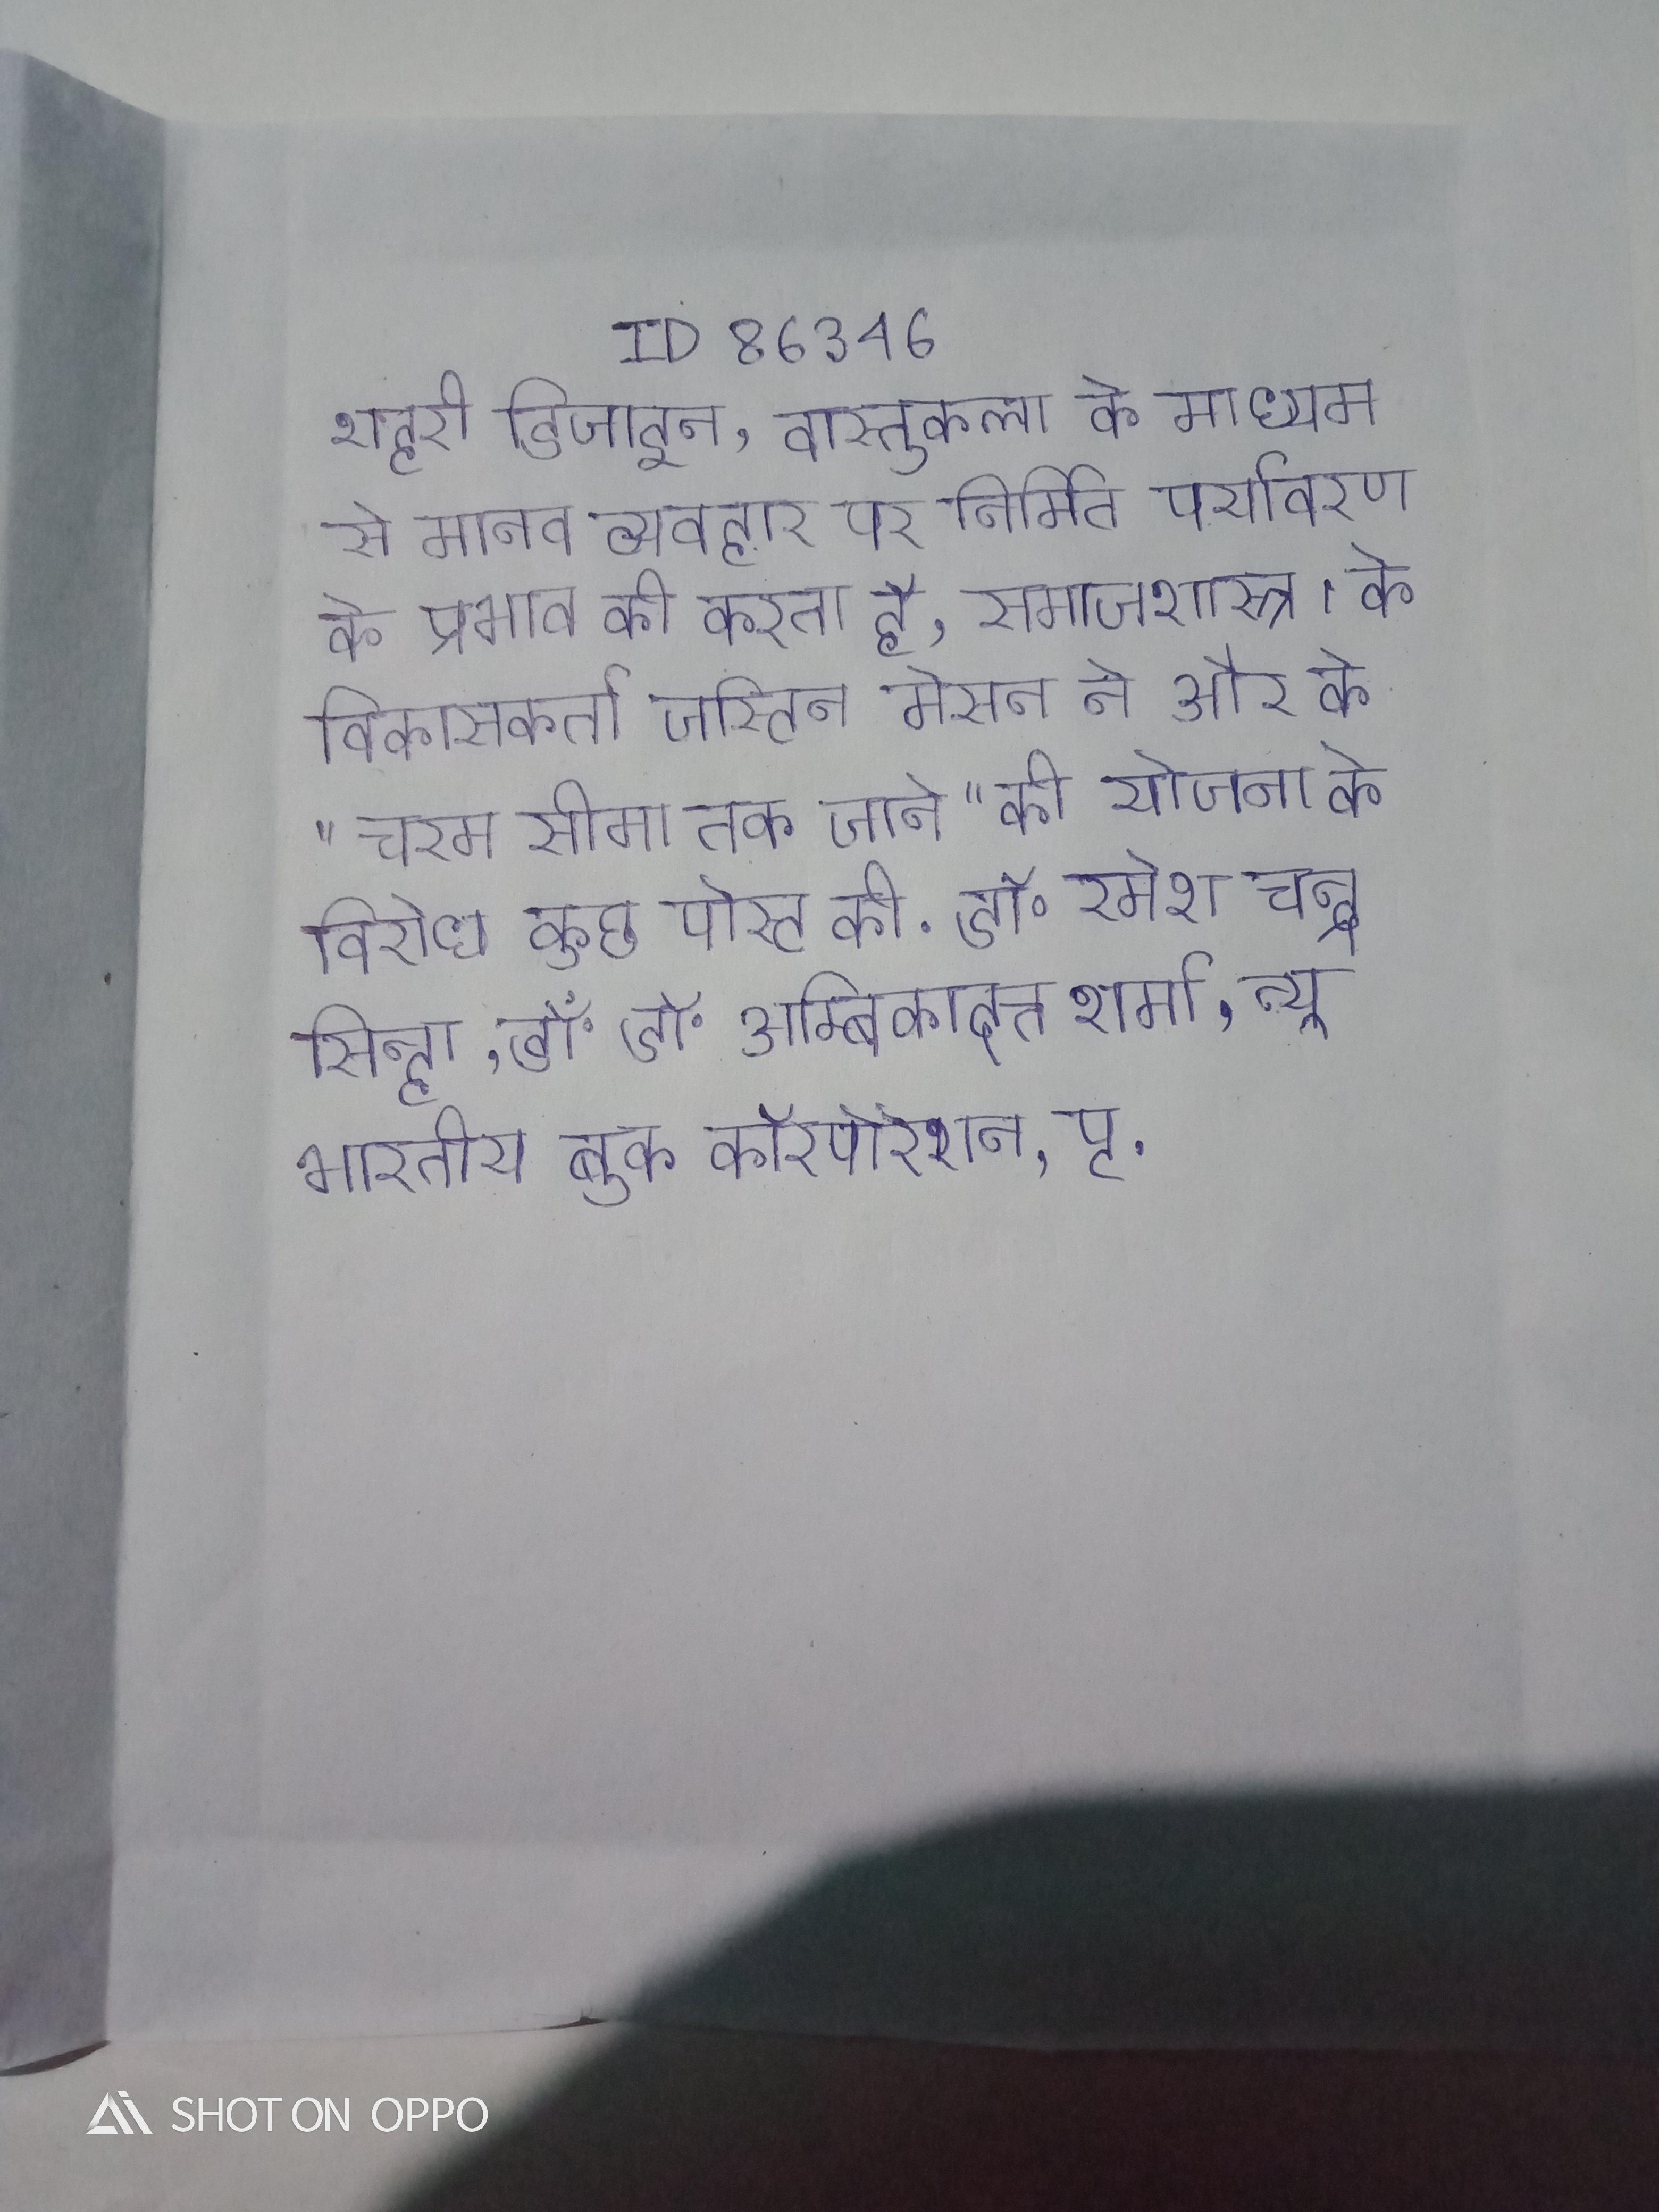
शहरी डिजाइन, वास्तुकला के माध्यम से मानव व्यवहार पर निर्मित पर्यावरण के प्रभाव की करता है, समाजशास्त्र । के विकासकर्ता जस्टिन मेसन ने और के "चरम सीमा तक जाने" की योजना के विरोध कुछ पोस्ट की . डॉ॰ रमेश चन्द्र सिन्हा, डॉ॰ डॉ॰ अम्बिकादत्त शर्मा, न्यू भारतीय बुक कॉरपोरेशन, पृ .